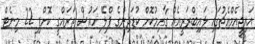
އައިޖީއެމްއެޗުގައި ލައިބްރަރީއެއް ގާއިމުކޮށް ކުޑަދިންގެ ޕްލޭ ހައުސް ތަރައްގީ ކޮށްފި 22 މިނެޓް